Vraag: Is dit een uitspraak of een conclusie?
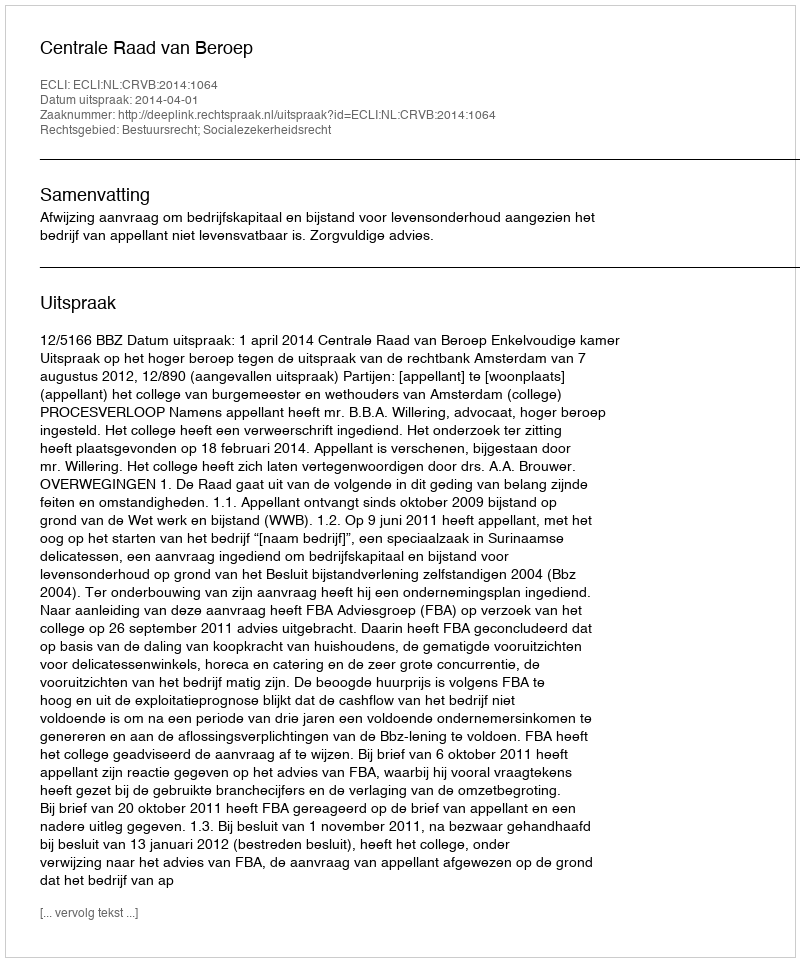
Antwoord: Uitspraak